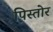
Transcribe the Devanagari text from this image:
पिस्तोर